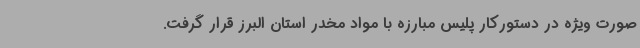
صورت ویژه در دستورکار پلیس مبارزه با مواد مخدر استان البرز قرار گرفت.